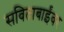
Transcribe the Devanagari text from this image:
सविताबाईंवर